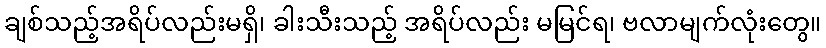
ချစ်သည့်အရိပ်လည်းမရှိ၊ ခါးသီးသည့် အရိပ်လည်း မမြင်ရ၊ ဗလာမျက်လုံးတွေ။